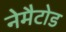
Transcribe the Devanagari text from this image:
नेमैटोड